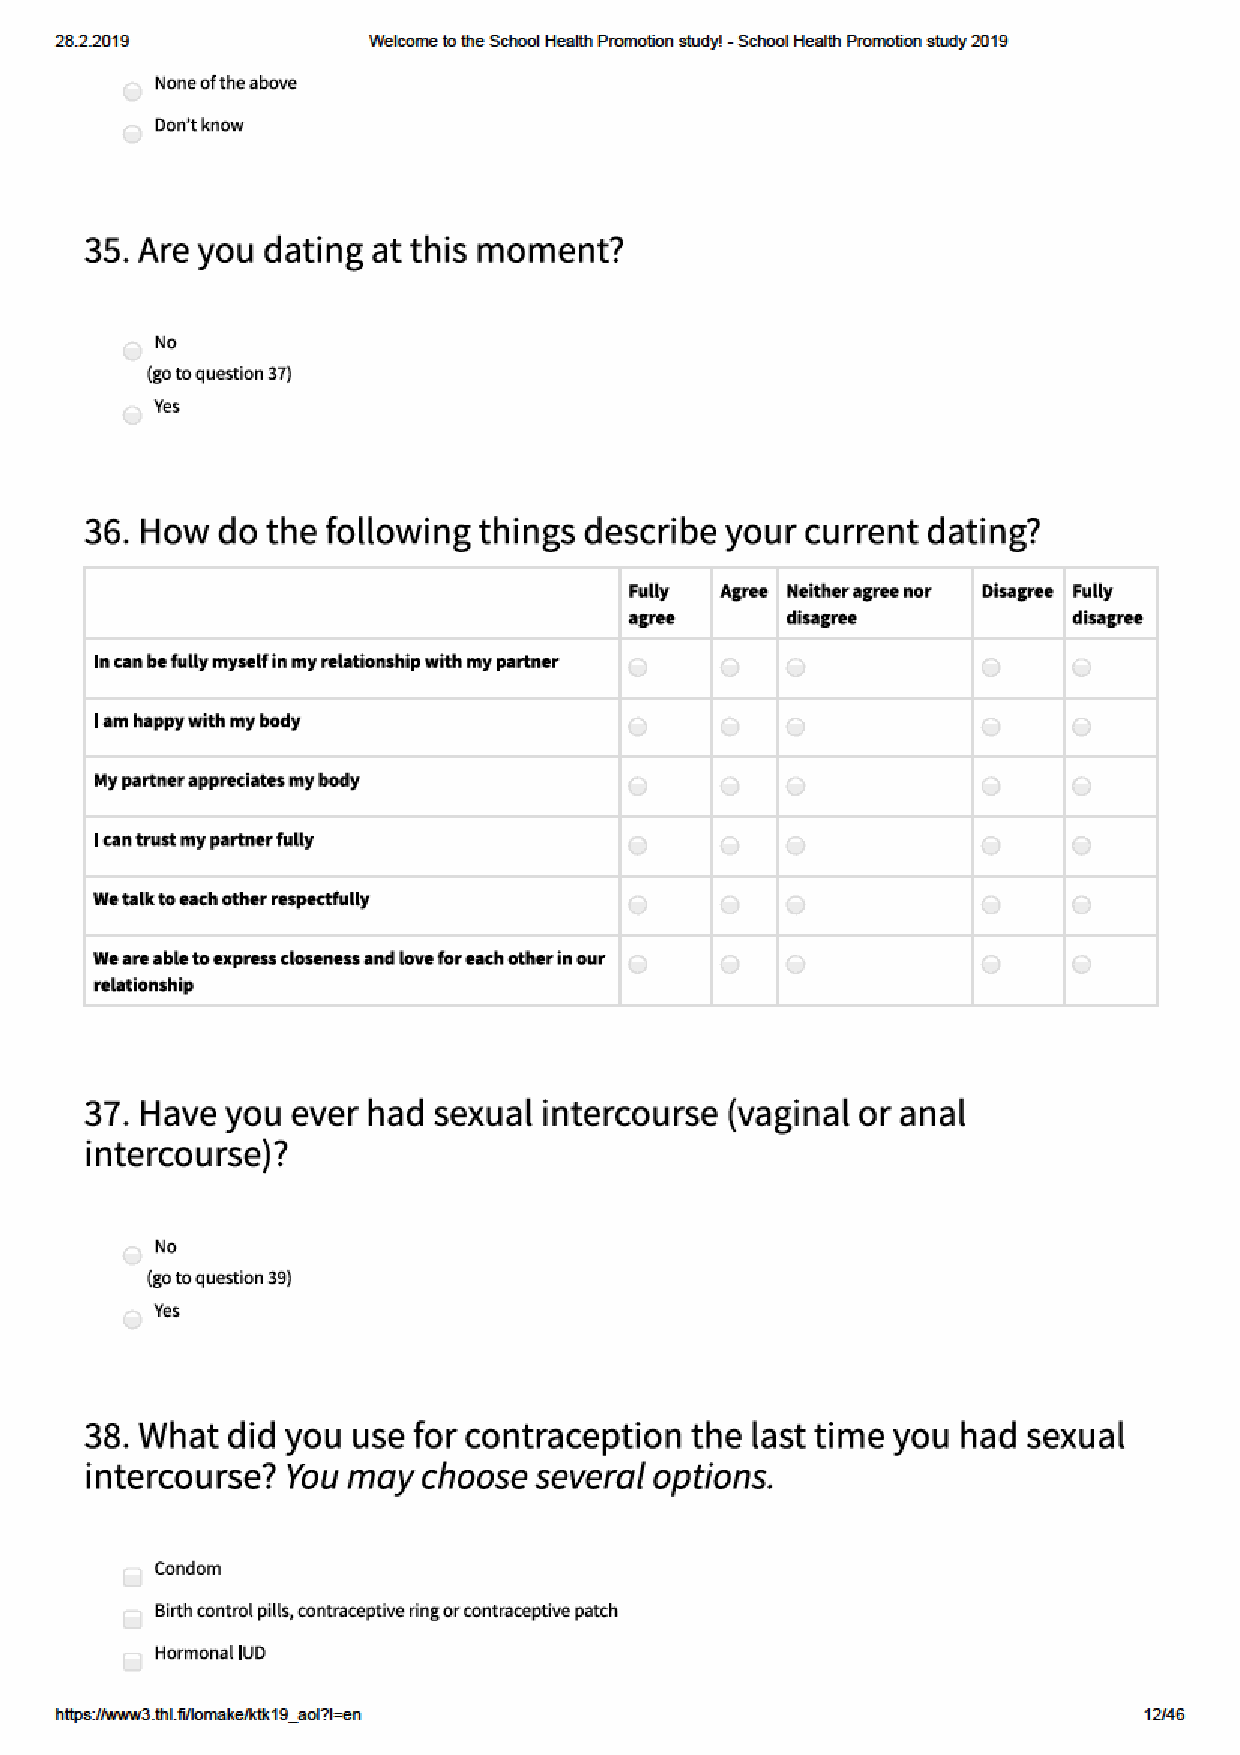
28.2.2019           Welco me to the School Health Pro motion study! - School Health Pro motion study 2019
 https:// w w w3.thl.fi/lo make/ktk19_aol?l=en                           12/46